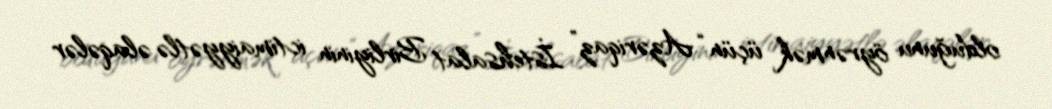
olduğunu öyrənmək üçün “Azəriqaz” İstehsalat Birliyinin ictimaiyyətlə əlaqələr